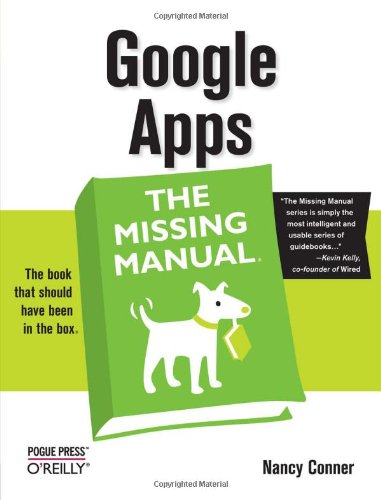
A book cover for Google Apps: The Missing Manual; Nancy Conner; Computers & Technology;